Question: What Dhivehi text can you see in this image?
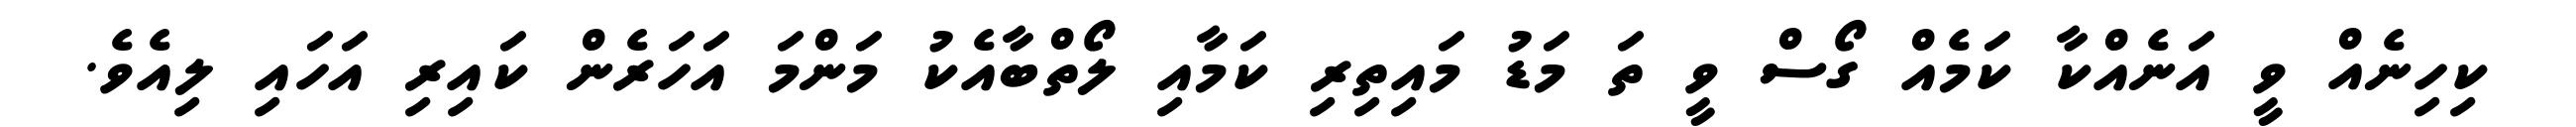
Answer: ކިހިނެއް ވީ އަނެއްކާ ކަމެއް ގޯސް ވީ ތަ މަޑު މައިތިރި ކަމާއި ލޯތްބާއެކު މަންމަ އަހަރެން ކައިރި އަހައި ލިއެވެ.